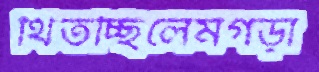
থিতচ্ছিলেমগড়া